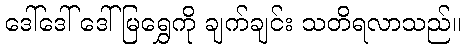
ဒေါ်ဒေါ် ဒေါ်မြရွှေကို ချက်ချင်း သတိရလာသည်။